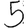
Digit: 5